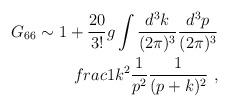
LaTeX: \begin{align*}G_{66}\sim 1+\frac{20}{3!}g\int\frac{d^3k}{(2\pi)^3}\frac{d^3p}{(2\pi)^3}\\frac{1}{k^2}\frac{1}{p^2}\frac{1}{(p+k)^2}~,\end{align*}